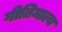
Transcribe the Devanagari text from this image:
गीतिमाल्य